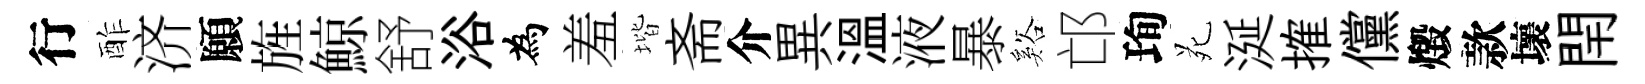
行酢济願旌鯨舒浴為羞堦斋介異溫液暴谿邙珣苑涎搉儻燬款壞閈